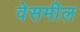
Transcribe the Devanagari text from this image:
वेसमील